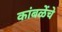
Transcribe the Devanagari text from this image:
कांबळेेंचे